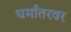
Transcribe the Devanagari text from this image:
धर्मांतरवर